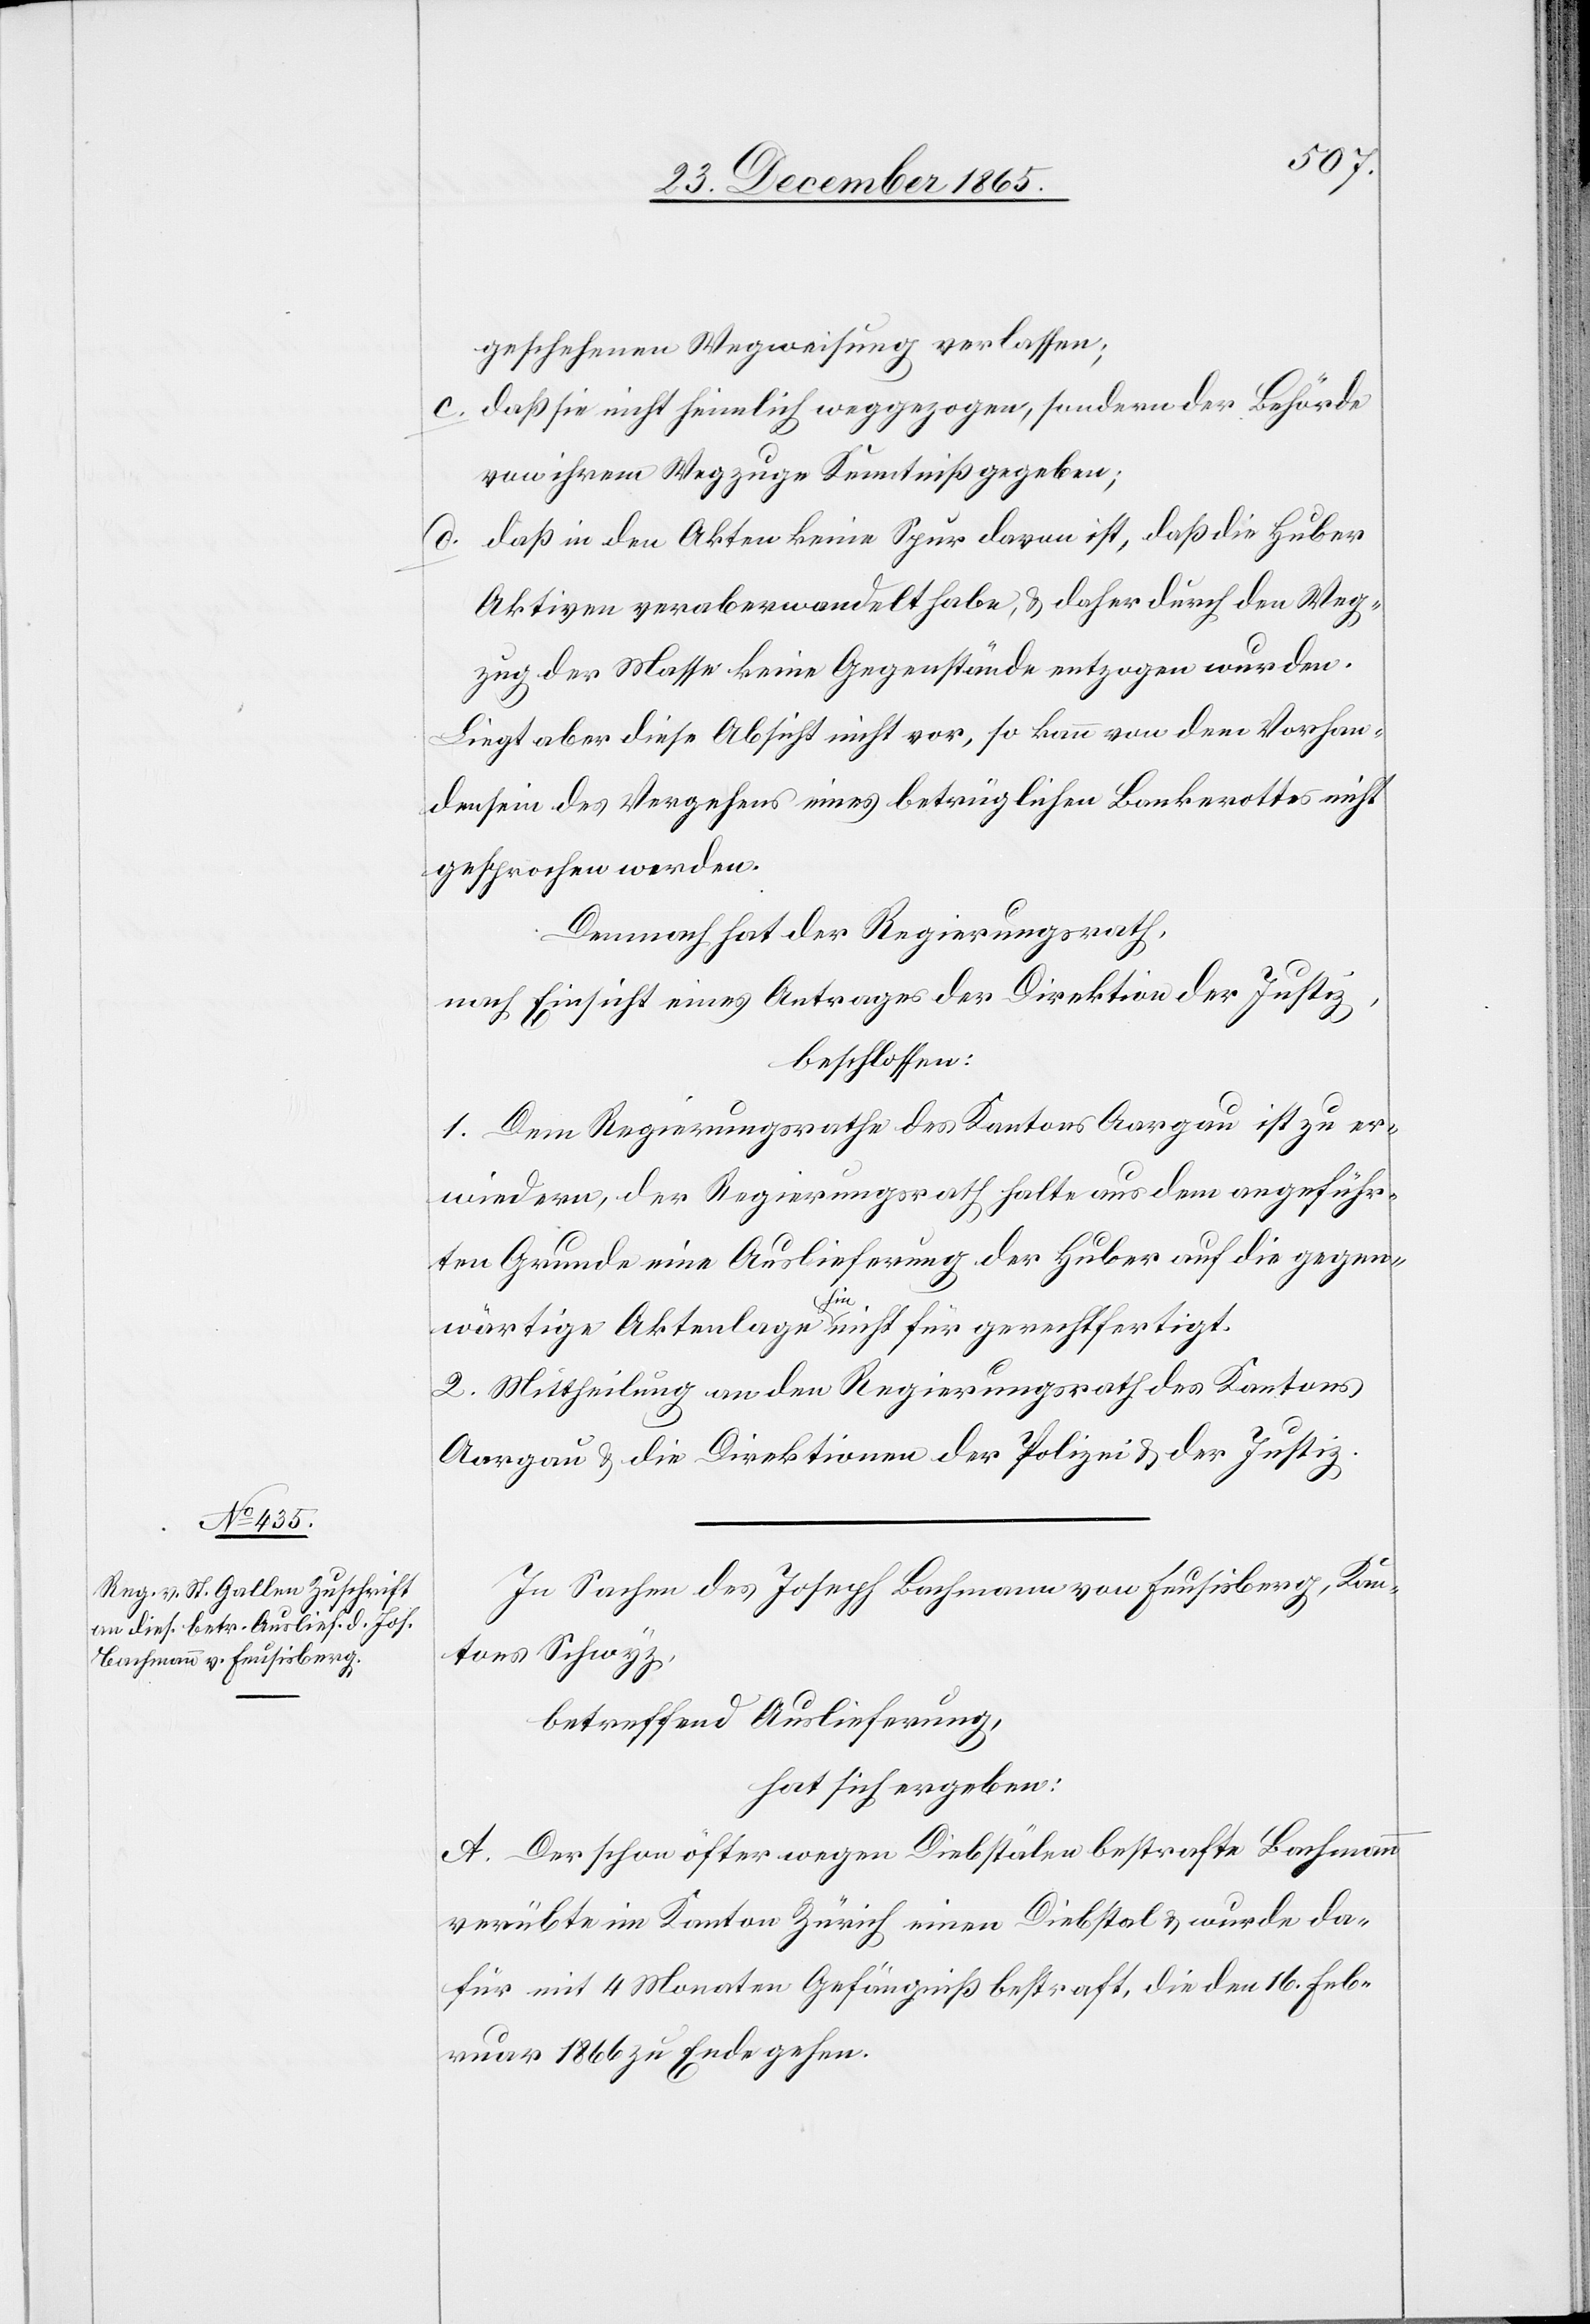
geschehenen Wegweisung verlassen;
c. daß sie nicht heimlich weggezogen, sondern der Behörde
von ihrem Wegzuge Kenntniß gegeben;
daß in den Akten keine Spur davon ist, daß die Huber
d.
Aktiven veraberwandelt habe, & daher durch den Weg¬
zug der Masse keine Gegenstände entzogen wurden.
Liegt aber diese Absicht nicht vor, so kann von dem Vorhan¬
densein des Vergehens eines betrüglichen Bankrottes nicht
gesprochen werden.
Demnach hat der Regierungsrath,
nach Einsicht eines Antrages der Direktion der Justiz,
beschlossen:
1. Dem Regierungsrathe des Kantons Aargau ist zu er¬
wiedern, der Regierungsrath halte aus dem angeführ¬
ten Grunde eine Auslieferung der Huber auf die gegen¬
wärtige Aktenlage a-hin-a nicht für gerechtfertigt.
2. Mittheilung an den Regierungsrath des Kantons
Aargau & die Direktionen der Polizei & der Justiz.
In Sachen des Joseph Bachmann von Feusisberg, Kan¬
tons Schwyz,
betreffend Auslieferung,
hat sich ergeben:
A. Der schon öfter wegen Diebstälen bestrafte Bachmann
verübte im Kanton Zürich einen Diebstal & wurde da¬
für mit 4 Monaten Gefängniß bestraft, die den 16. Feb¬
ruar 1866 zu Ende gehen.